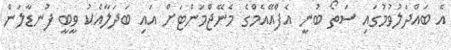
އެ ބައްދަލުވުމުގައި ސަތޯ ބުނީ އެފްއޭއެމްގެ މެނޭޖްމަންޓަށް އައި ބަދަލާއެކު ވީބީ ފުނޑާލަން